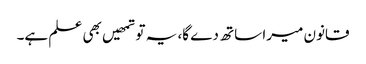
قانون میرا ساتھ دے گا، یہ تو تمھیں بھی علم ہے۔